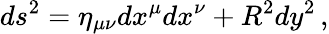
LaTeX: ds^{2}=\eta_{\mu\nu}dx^{\mu}dx^{\nu}+R^{2}dy^{2}\, ,